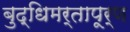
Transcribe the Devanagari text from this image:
बुद्धिमर्तापूर्ण